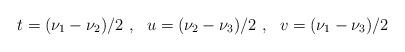
LaTeX: \begin{align*} t = (\nu_1-\nu_2)/2 \ , \ \ u = (\nu_2-\nu_3)/2 \ , \ \ v = (\nu_1-\nu_3)/2\end{align*}